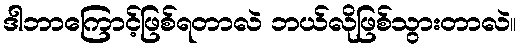
ဒါဘာကြောင့်ဖြစ်ရတာလဲ ဘယ်လိုဖြစ်သွားတာလဲ။